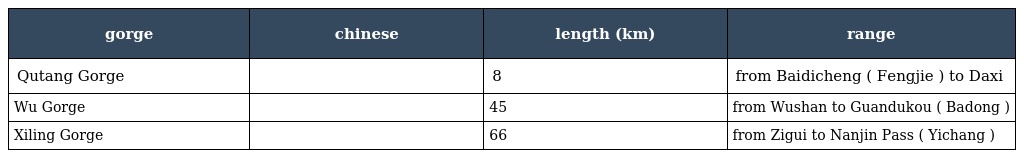
| gorge | chinese | length (km) | range |
 | --- | --- | --- | --- |
 | Qutang Gorge | 瞿塘峡 | 8 | from Baidicheng ( Fengjie ) to Daxi |
 | Wu Gorge | 巫峡 | 45 | from Wushan to Guandukou ( Badong ) |
 | Xiling Gorge | 西陵峡 | 66 | from Zigui to Nanjin Pass ( Yichang ) |